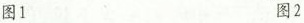
图1 图2